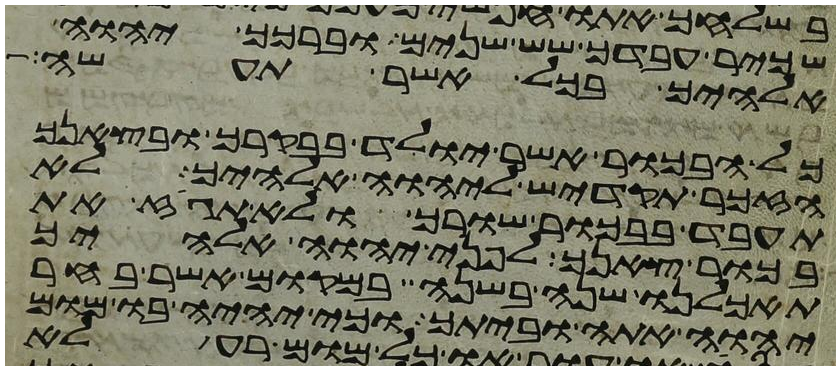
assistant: שכיר עבדך שש שנים וברכך יהוה
אלהיך בכל אשר תעשה
כל הבכור אשר יולד בבקרך ובצאנך
הזכר תקדיש ליהוה אלהיך לא
תעבד בבכור שורך ולא תגז את
בכור צאנך לפני יהוה אלהיך
תאכלנו שנה בשנה במקום אשר בחר
יהוה אתה וביתך וכי יהיה בו מום